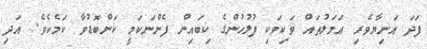
ފަދަ އަނިޔާވެރި ޢަމަލުތައް ވަކިވަކި ފުލުހުންގެ ކިބައިން ފެންނަކަމީ ކަންބޮޑުވާ ކަމެކެވެ. އަދި